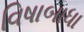
વિષાબાધા